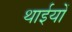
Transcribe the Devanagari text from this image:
थाईयों